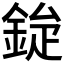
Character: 𮡿